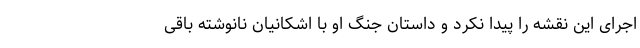
اجرای این نقشه را پیدا نکرد و داستان جنگ او با اشکانیان نانوشته باقی